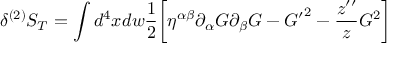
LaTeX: \delta ^ { ( 2 ) } S _ { T } = \int d ^ { 4 } x d w \frac { 1 } { 2 } \biggl [ \eta ^ { \alpha \beta } \partial _ { \alpha } { \cal G } \partial _ { \beta } { \cal G } - { { \cal G } ^ { \prime } } ^ { 2 } - \frac { z ^ { \prime \prime } } { z } { \cal G } ^ { 2 } \biggr ]